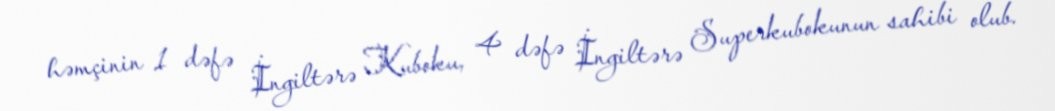
həmçinin 1 dəfə İngiltərə Kuboku, 4 dəfə İngiltərə Superkubokunun sahibi olub.